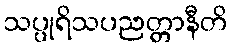
သပ္ပုရိသပညတ္တာနီတိ